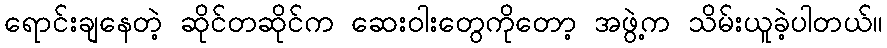
ရောင်းချနေတဲ့ ဆိုင်တဆိုင်က ဆေးဝါးတွေကိုတော့ အဖွဲ့က သိမ်းယူခဲ့ပါတယ်။